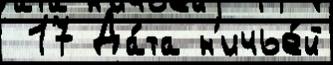
 17 Да́та н'ичье́й